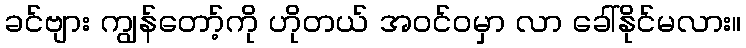
ခင်ဗျား ကျွန်တော့်ကို ဟိုတယ် အဝင်ဝမှာ လာ ခေါ်နိုင်မလား။